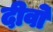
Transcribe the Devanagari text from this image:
दीवो